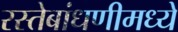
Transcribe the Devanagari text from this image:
रस्तेबांधणीमध्ये